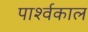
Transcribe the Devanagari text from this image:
पार्श्वकाल